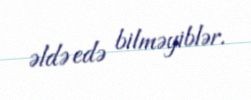
əldə edə bilməyiblər.